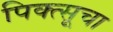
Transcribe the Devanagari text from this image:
पिक्त्सूचा